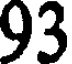
93